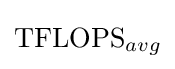
{\text{TFLOPS}}_{avg}